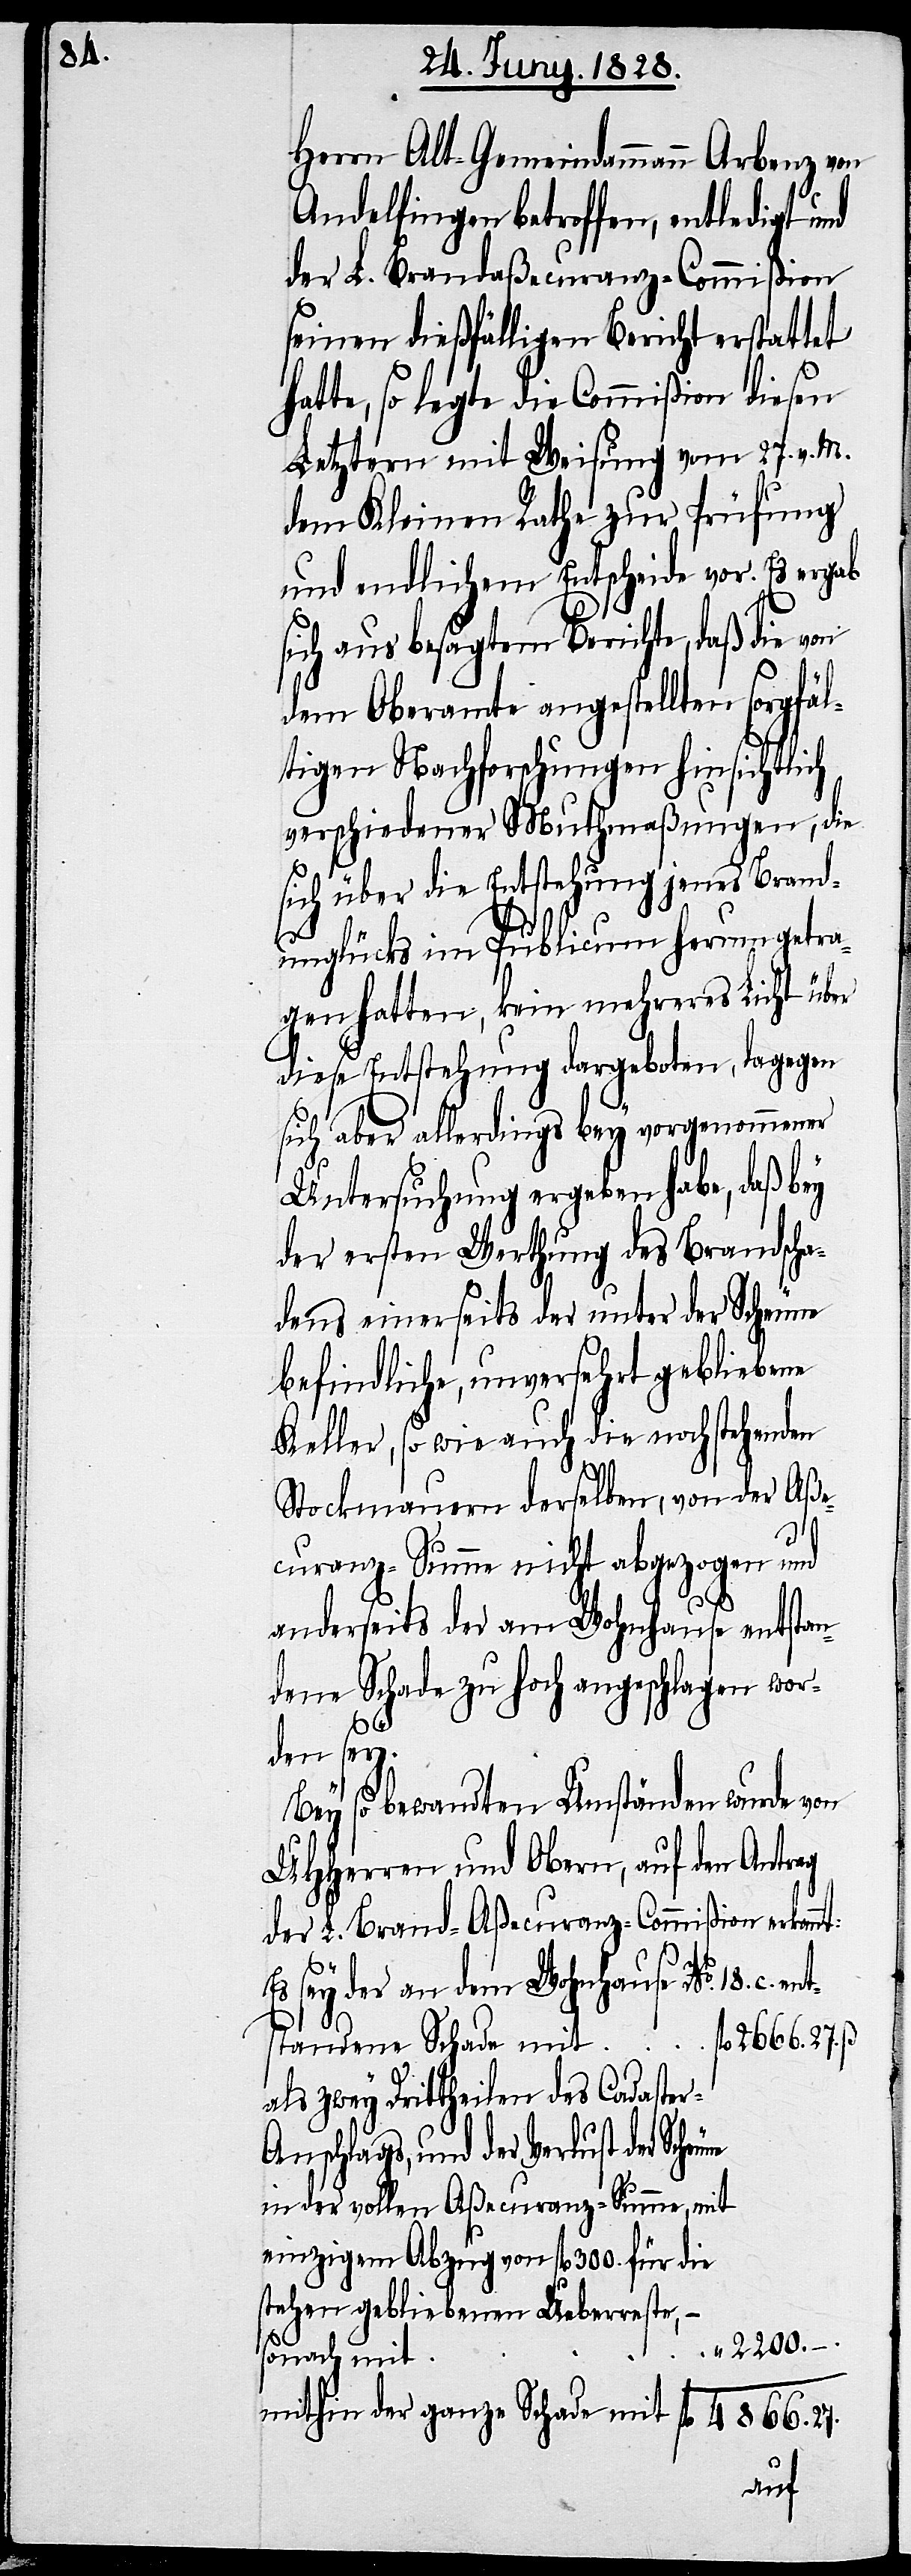
Herrn Alt-Gemeindammann Arbenz von
Andelfingen betroffen, entledigt und
der L. Brandaßecuranz-Commißion
seinen dießfälligen Bericht erstattet
hatte, so legte die Commißion diesen
Letztern mit Weisung vom 27. v. M.
dem Kleinen Rathe zur Prüfung
und endlichem Entscheide vor. Es ergab
sich aus besagtem Berichte, daß die von
dem Oberamte angestellten sorgfäl¬
tigen Nachforschungen hinsichtlich
verschiedener Muthmaßungen, die
sich über die Entstehung jenes Brand¬
unglücks im Publicum herum getra¬
gen hatten, kein mehreres Licht über
diese Entstehung dargeboten, dagegen
sich aber allerdings bey vorgenommener
Untersuchung ergeben habe, daß bey
der ersten Werthung des Brandscha¬
dens einerseits der unter der Scheune
befindliche, unversehrt gebliebene
Keller, so wie auch die noch stehenden
Stockmauern derselben, von der Aße¬
curanz-Summe nicht abgezogen und
anderseits der am Wohnhause entstan¬
dene Schade zu hoch angeschlagen wor¬
der ganze
Bey so bewandten Umständen wurde von
UHHerren und Obern, auf den Antrag
der L. Brand-Aßecuranz-Commißion erkannt:
Es sey der an dem Wohnhause No. 18. c.
une
standene Schade mit
als zwey Drittheilen des Cadaster-A¬
nschlags, und der Verlust der Sche¬
in der vollen Aßecuranz-Summe, mit
einzigem Abzug von fl. 300. für die
stehend gebliebenen Ueberreste, –
2200.
sonach mit